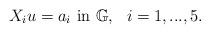
LaTeX: \begin{align*}X_iu=a_i\ {\rm in}\ \mathbb G,\ \ i=1,...,5.\end{align*}